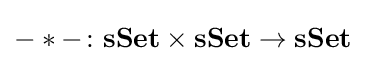
-*-\colon \mathbf {sSet} \times \mathbf {sSet} \rightarrow \mathbf {sSet}